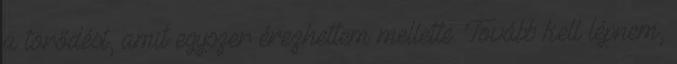
a törődést, amit egyszer érezhettem mellette. Tovább kell lépnem,